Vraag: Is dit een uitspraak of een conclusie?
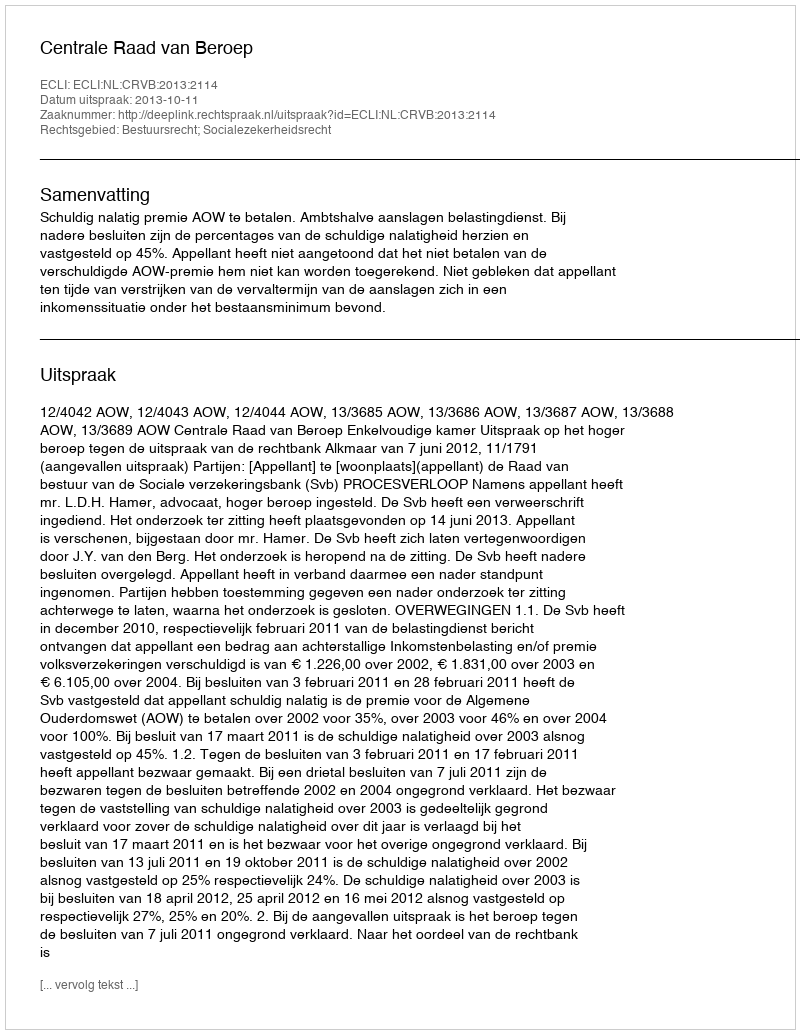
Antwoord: Uitspraak